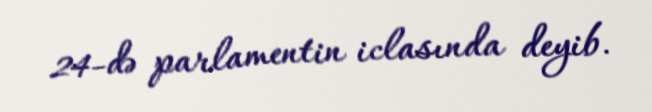
24-də parlamentin iclasında deyib.